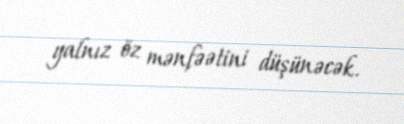
yalnız öz mənfəətini düşünəcək.